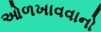
ઓળખાવવાનો